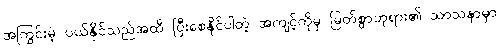
အကြွင်းမဲ့ ပယ်နိုင်သည်အထိ ပြီးစေနိုင်ပါတဲ့ အကျင့်ကိုမှ မြတ်စွာဘုရား၏ သာသနာမှာ